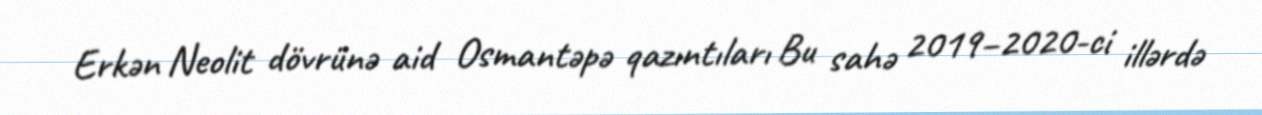
Erkən Neolit dövrünə aid Osmantəpə qazıntıları Bu sahə 2019–2020-ci illərdə